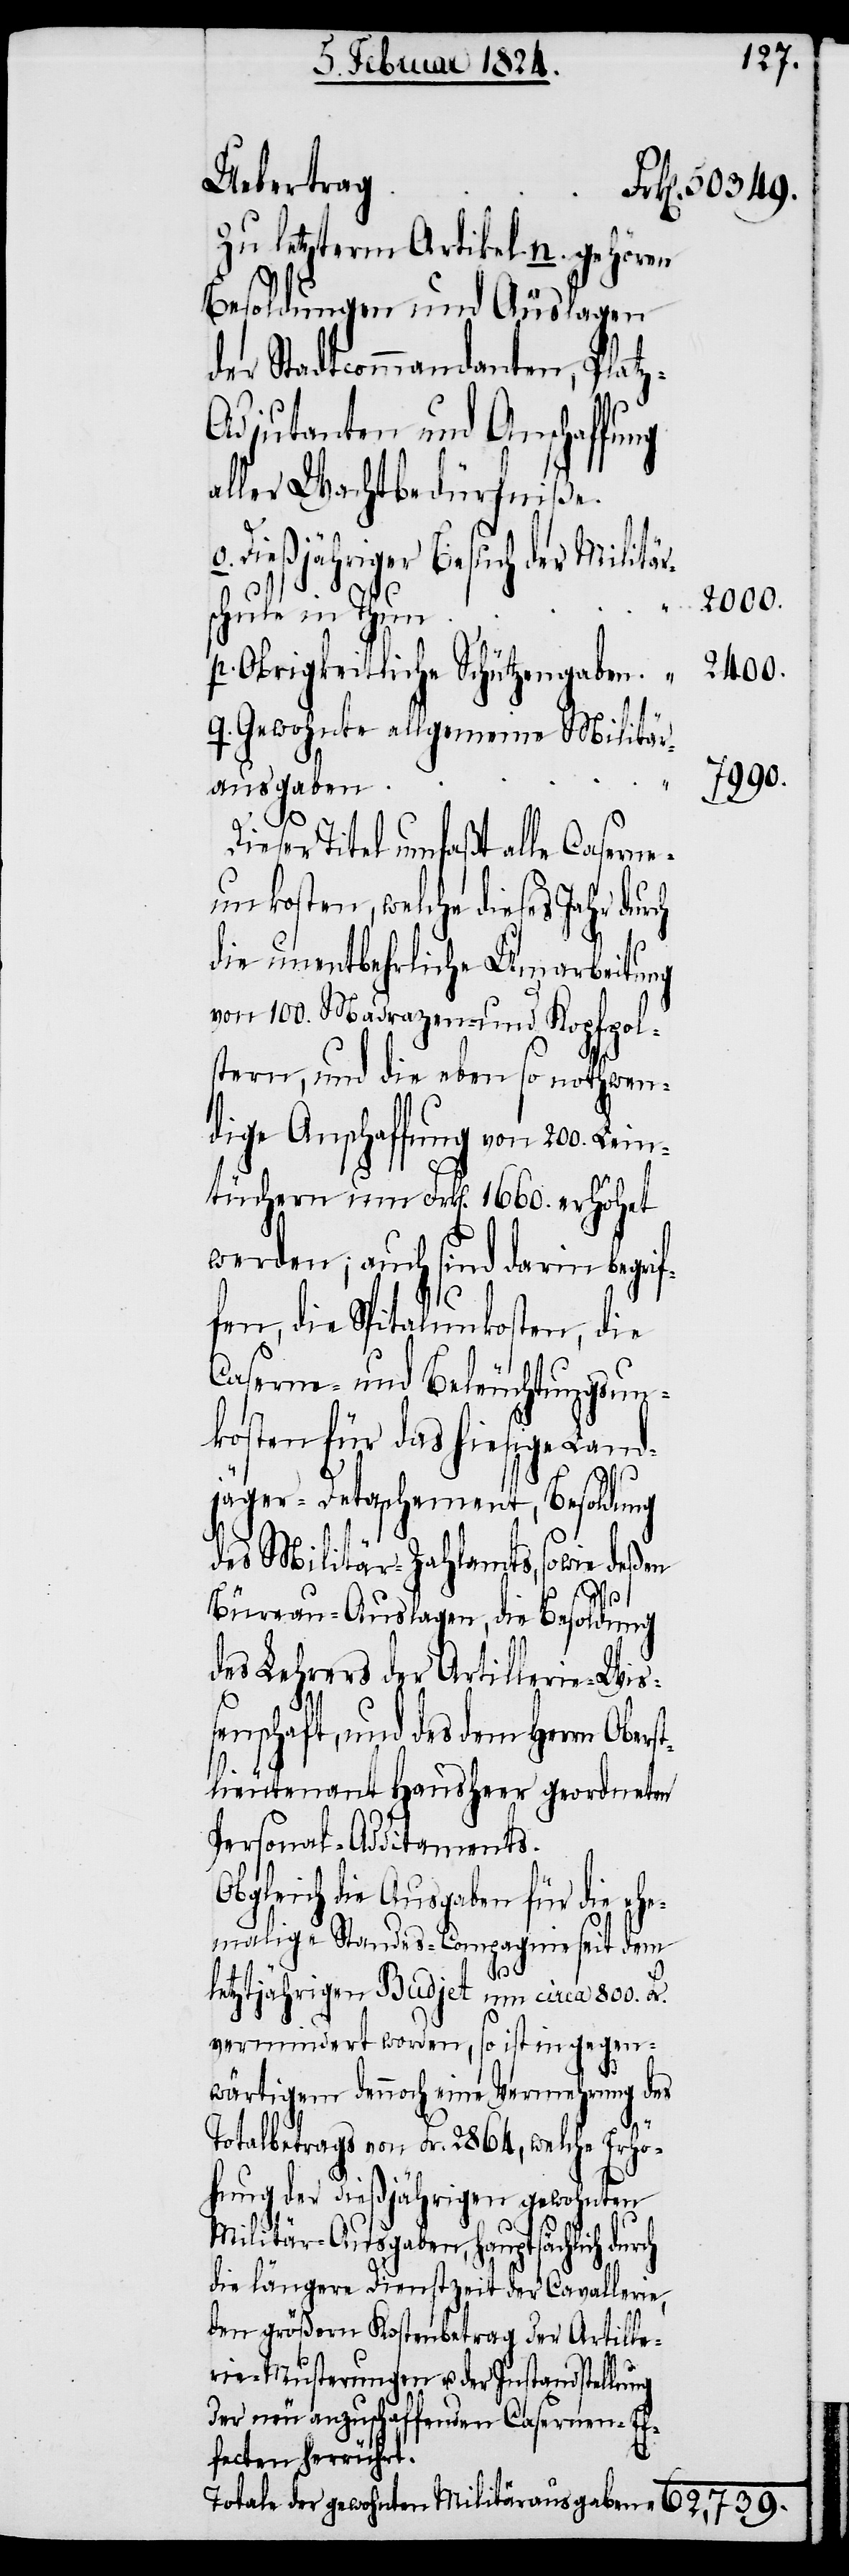
Uebertrag
Zu letzterm Artikel n.) gehören
Besoldungen und Auslagen
der Stadtcommandanten, Plat¬
djutanten und Anschaffung
aller Wachtbedürfniße.
Dießjähriger Besuch der Militär¬
schule in Thun
2400.
Obrigkeitliche Schützengraben.
Gewohnte allgemeine Militär¬
7990.
ausgaben
Dieser Titel umfaßt alle Caserne¬
unkosten, welche dieses Jahr durch
die unentbehrliche Umarbeitung
von 100. Madrazen- und Kopfpols¬
tern, und die nothwen¬
dige Anschaffung von 200. Lein¬
tüchern um Frk[en]. 1660. erhöhet
werden; auch sind darin begrif¬
fen, die Spitalunkosten, die
Caserne- und Beleuchtungsun¬
kosten für das hiesige Land¬
jäger-Detaschement, Besoldung
des Militär-Zahlamts, sowie deßen
Büreau-Auslagen, die Besoldung
des Lehrers der Artillerie-Wiß¬
enschaft, und des dem Herrn Obers¬
tlieutenant Hausheer geordneten
Personal-Additaments.
Obgleich die Ausgaben für die ehe¬
malige Standes-Compagnie seit dem
letztjährigen Budjet um circa 800. Fr.
vermindert worden, so ist eine Vermehrung
des
Totalbetrags von Fr. 2864, welche Erhö¬
hung der dießjährigen gewohnten
Militär-Ausgaben, hauptsächlich durch
die längere Dienstzeit der Cavallerie,
den größern Kostenbetrag der Artille¬
rie-Musterungen u. der Instandstellung
der neu anzuschaffenden Casernen-Ef¬
fecten herrührt.
Totale der gewohnten Militärausgaben